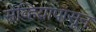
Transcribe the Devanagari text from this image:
सेव्हियापासून